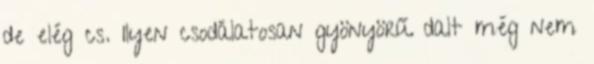
de elég cs. Ilyen csodálatosan gyönyörű dalt még nem